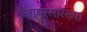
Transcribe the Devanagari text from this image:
वैजापूरसारख्या